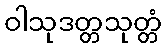
ဝါသုဒတ္တသုတ္တံ